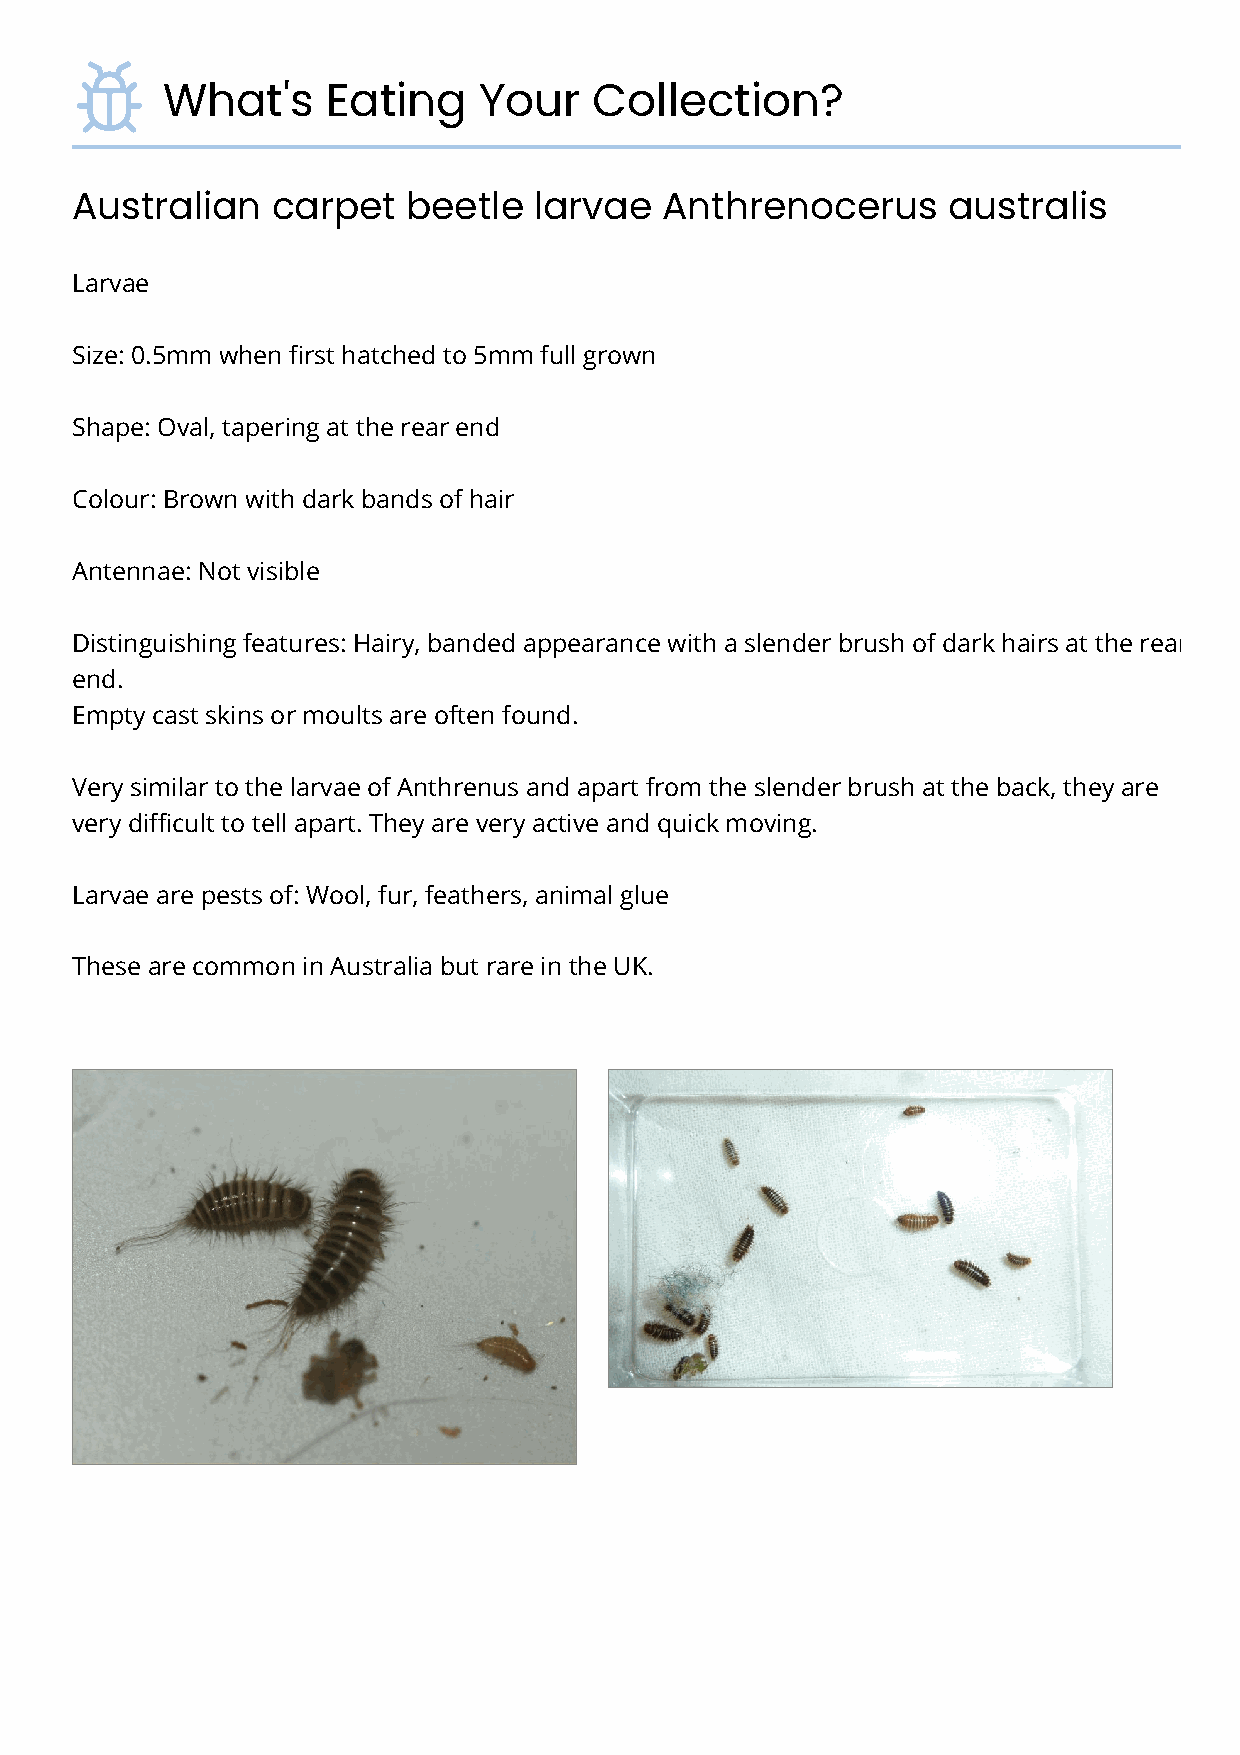
What's     Eating    Your   Collection?
 Australian   carpet   beetle  larvae   Anthrenocerus      australis
 Larvae
 Size: 0.5mm when first hatched to 5mm full grown
 Shape: Oval, tapering at the rear end
 Colour: Brown with dark bands of hair
 Antennae: Not visible
 Distinguishing features: Hairy, banded appearance with a slender brush of dark hairs at the rear
 end.
 Empty cast skins or moults are often found.
 Very similar to the larvae of Anthrenus and apart from the slender brush at the back, they are
 very difficult to tell apart. They are very active and quick moving.
 Larvae are pests of: Wool, fur, feathers, animal glue
 These are common in Australia but rare in the UK.